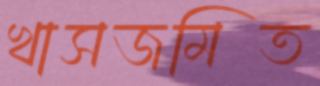
খাসজমিত